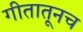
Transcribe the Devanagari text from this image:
गीतातूनच